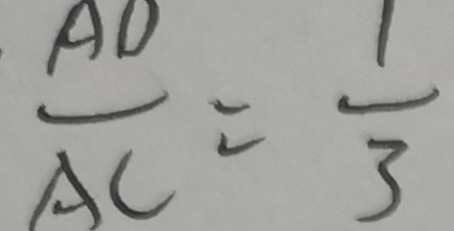
\frac { A D } { A C } = \frac { 1 } { 3 }